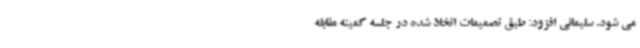
می شود. سلیمانی افزود: طبق تصمیمات اتخاذ شده در جلسه کمیته مقابله